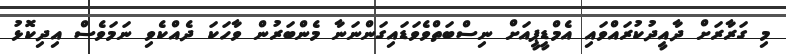
މި ގަރާރަށް ދާއީދުކުރައްވައި އެމްޑީޕީއަށް ނިސްބަތްވެވަޑައިގަންނަނާ މެންބަރުން ވާހަކަ ދެއްކެވި ނަމަވެސް އިދިކޮޅު